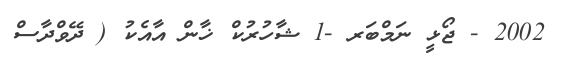
2002 - ޖޯޅީ ނަމްބަރ -1 ޝާހުރުކް ޚާން އާއެކު ( ދޭވްދާސް